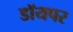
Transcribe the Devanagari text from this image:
डॉयपर